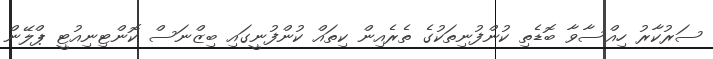
ސަރުކާރު ހިއްސާވާ ބޮޑެތި ކުންފުނިތަކުގެ ތެރެއިން ކިތައް ކުންފުނީގައި ބިޒްނަސް ކޮންޓިނިއުޓީ ޕްލޭން